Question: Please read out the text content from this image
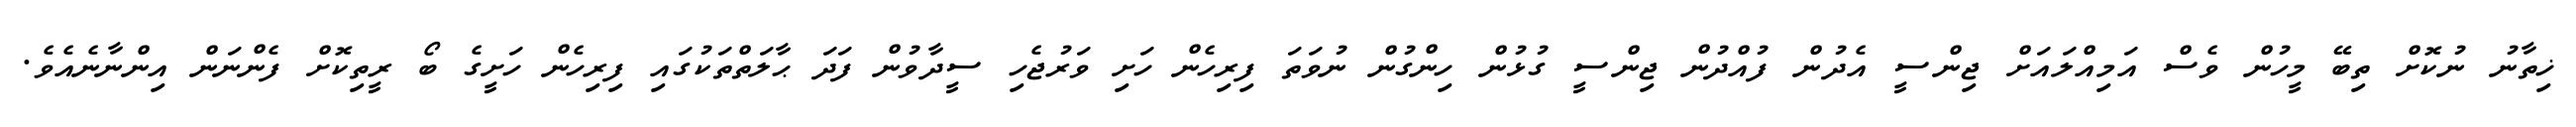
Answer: ޚިތާނު ނުކޮށް ތިބޭ މީހުން ވެސް އަމިއްލައަށް ޖިންސީ އެދުން ފުއްދުން ޖިންސީ ގުޅުން ހިންގުން ނުވަތަ ފިރިހެން ހަށި ވަރުޖެހި ސީދާވުން ފަދަ ޙާލަތްތަކުގައި ފިރިހެން ހަށީގެ ބޯ ރީތިކޮށް ފެންނަން އިންނާނެއެވެ.